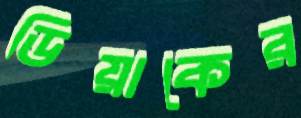
ডিয়াকের